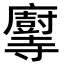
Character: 𫴶